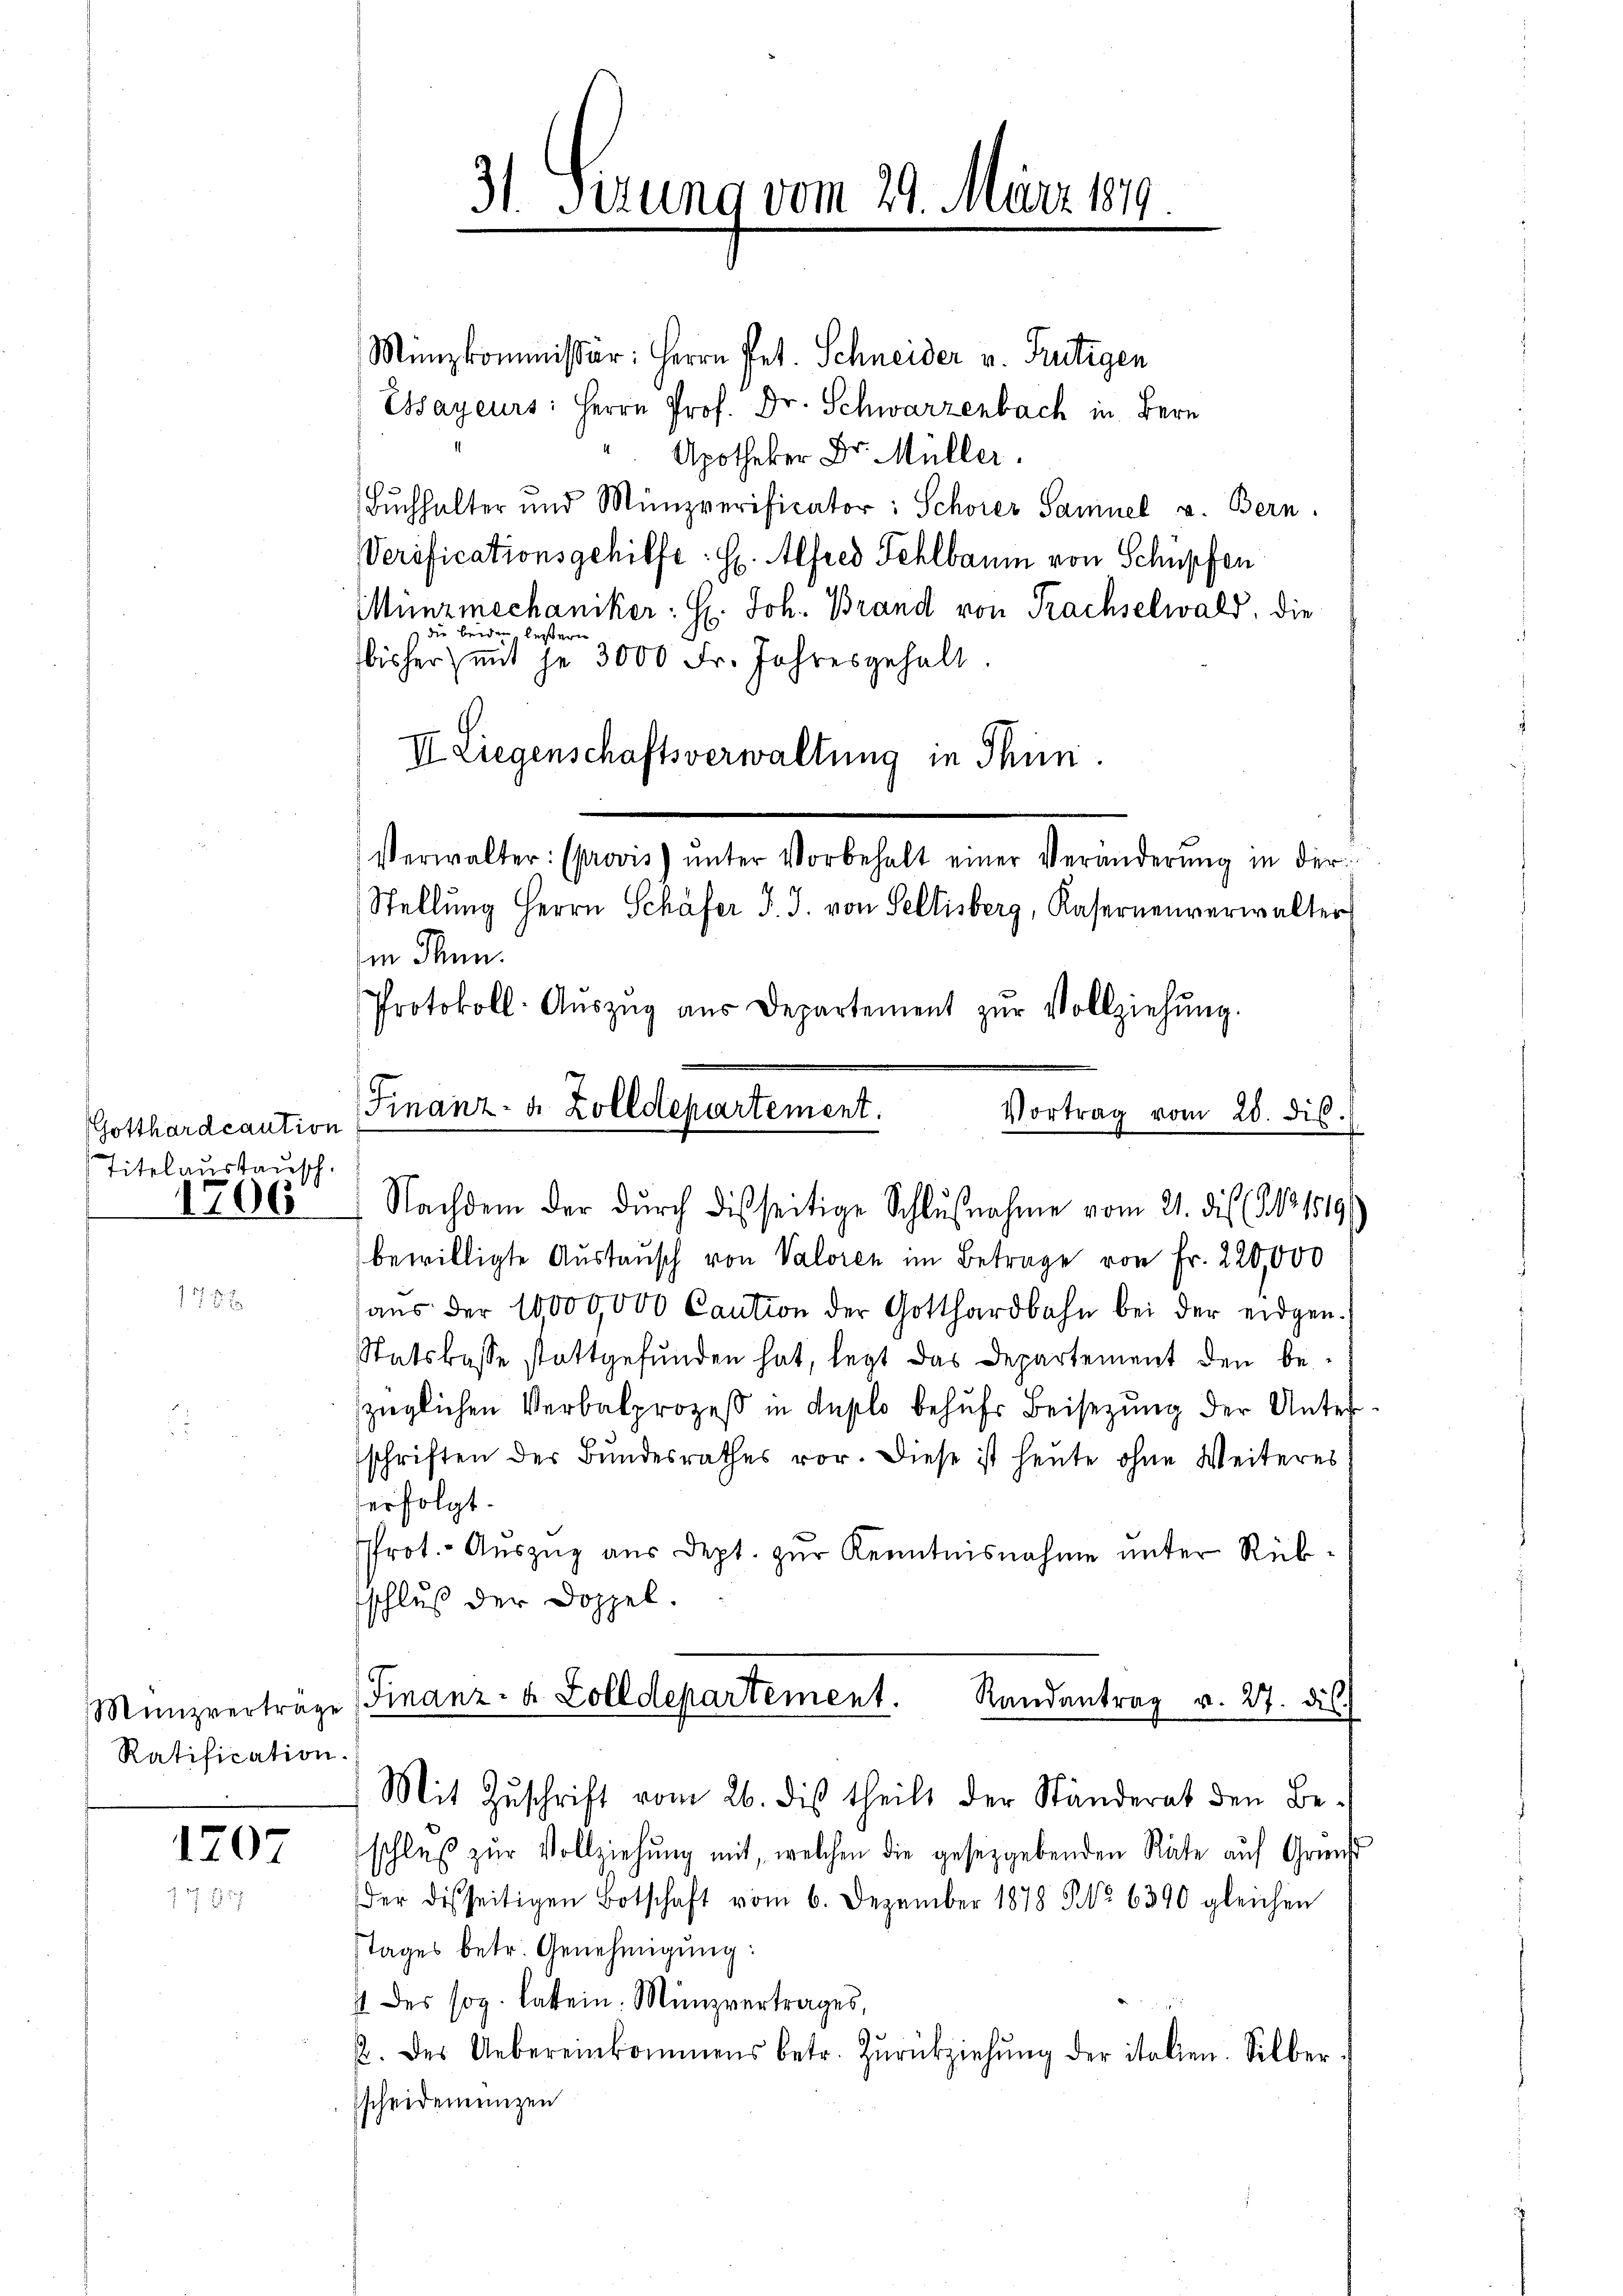
Gotthardcaution
Titelaustausch
1706

17 x

Ratification.

1707

31 Sizung vom 29. März 1810.

Finanz- u. Zolldepartement.
Vortrag vom 20. dis.
 Nachdem der dŭrch disseitige Schlŭβnahme vom 21. die No. 1819

Münzkommissär: Herrn Pet. Schneider v. Frutigen
Essayeurs: Herrn Prof. Dr. Schwarzenbach in Bern
Apotheker Dr. Müller.
Buchhalter und Münzverificator: Schöner Samuel u. Bern.
Verificationsgehilfe: H. Alfred Fehlbaum von Schüpfen
Münzmechaniker: H. Joh. Brand von Trachselwald, die
 die beiden leitern
bisher mit je 3000 Fr. Jahresgehalt.
II Liegenschaftsverwaltung in Thun.
Verwalter: (provis) ŭnter Vorbehalt einer Veränderŭng in der
Stellung Herrn Schäfer J. J. von Seltisberg, Kasernenverwalter
in Thun.
Protokoll-Aŭszŭg aŭs Departement zŭr Vollziehŭng.
bewilligte Aŭstaŭsch von Valoren im Betrage von Fr. 220,000
aŭs der 10000,000 Caution der Gotthardbahn bei der eidgen.
Statskasse stattgefunden hat, legt das Departement den be-
züglichen Verbalprozeß in duplo behufs Beisezung der Unterschriften der Bundesrathes vor. Diese ist heute ohne Weiteres
erfolgt.
Prot. - Auszug aus dept. zur Kenntnisnahme unter Rückschluß der Doppel.
Münzverträge (Finanz- u. Zolldepartement. Randantrag v. 27. dis
Mit Zuschrift vom 26. dieß theils der Ständerat den Beschluβ zŭr Vollziehŭng mit, welchen die gesetzgebenden Räte aŭf Grunds
der disseitigen Botschaft vom 6. Dezember 1878 No 6390 gleichen
tages betr. Genehmigŭng:
4 des sog. Latein. Münzvertrages,
2. des Uebereinkommens betr. Zŭrückziehŭng der italien. Silber
Escheidendenzen